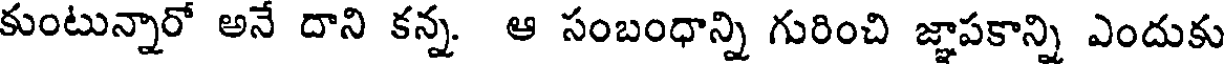
కుంటున్నారో అనే దాని కన్న ఆ సంబంధాన్ని గురించి జ్ఞాపకాన్ని ఎందుకు